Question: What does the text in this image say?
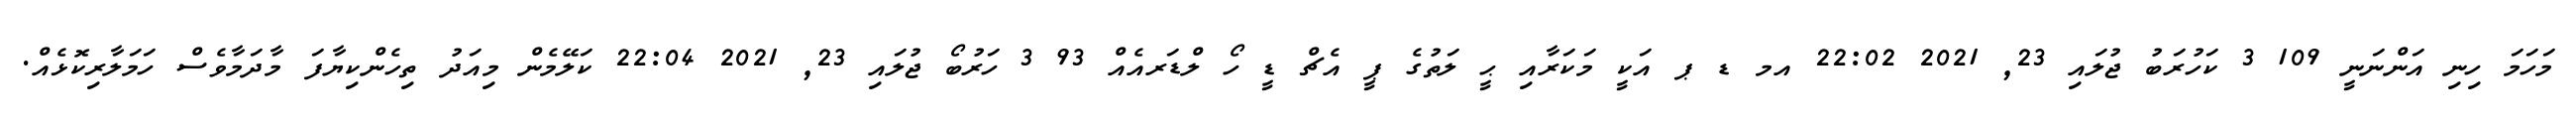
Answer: މަހަމަ ހިނި އަންނަނީ 109 3 ކަހުރަބު ޖުލައި 23, 2021 22:02 އމ ޑ ޕ އަކީ މަކަރާއި ޙީ ލަތުގެ ޕީ އެޗް ޑީ ހޯ ލްޑަރއެއް 93 3 ހަރުބޯ ޖުލައި 23, 2021 22:04 ކަލޭމެން މިއަދު ތިހެންކިޔާފަ މާދަމާވެސް ހަމަލާރިކޮޅެއް.